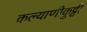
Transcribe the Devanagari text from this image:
कल्याणीकुट्टी